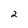
Character: 2